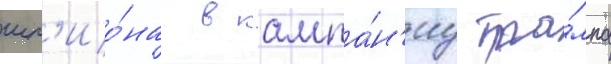
шп'ио́на в кампа́н'иу тра́мпа